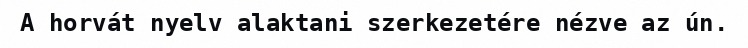
A horvát nyelv alaktani szerkezetére nézve az ún.